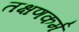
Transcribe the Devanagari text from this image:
तक्षणकर्म